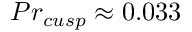
P r _ { c u s p } \approx 0 . 0 3 3